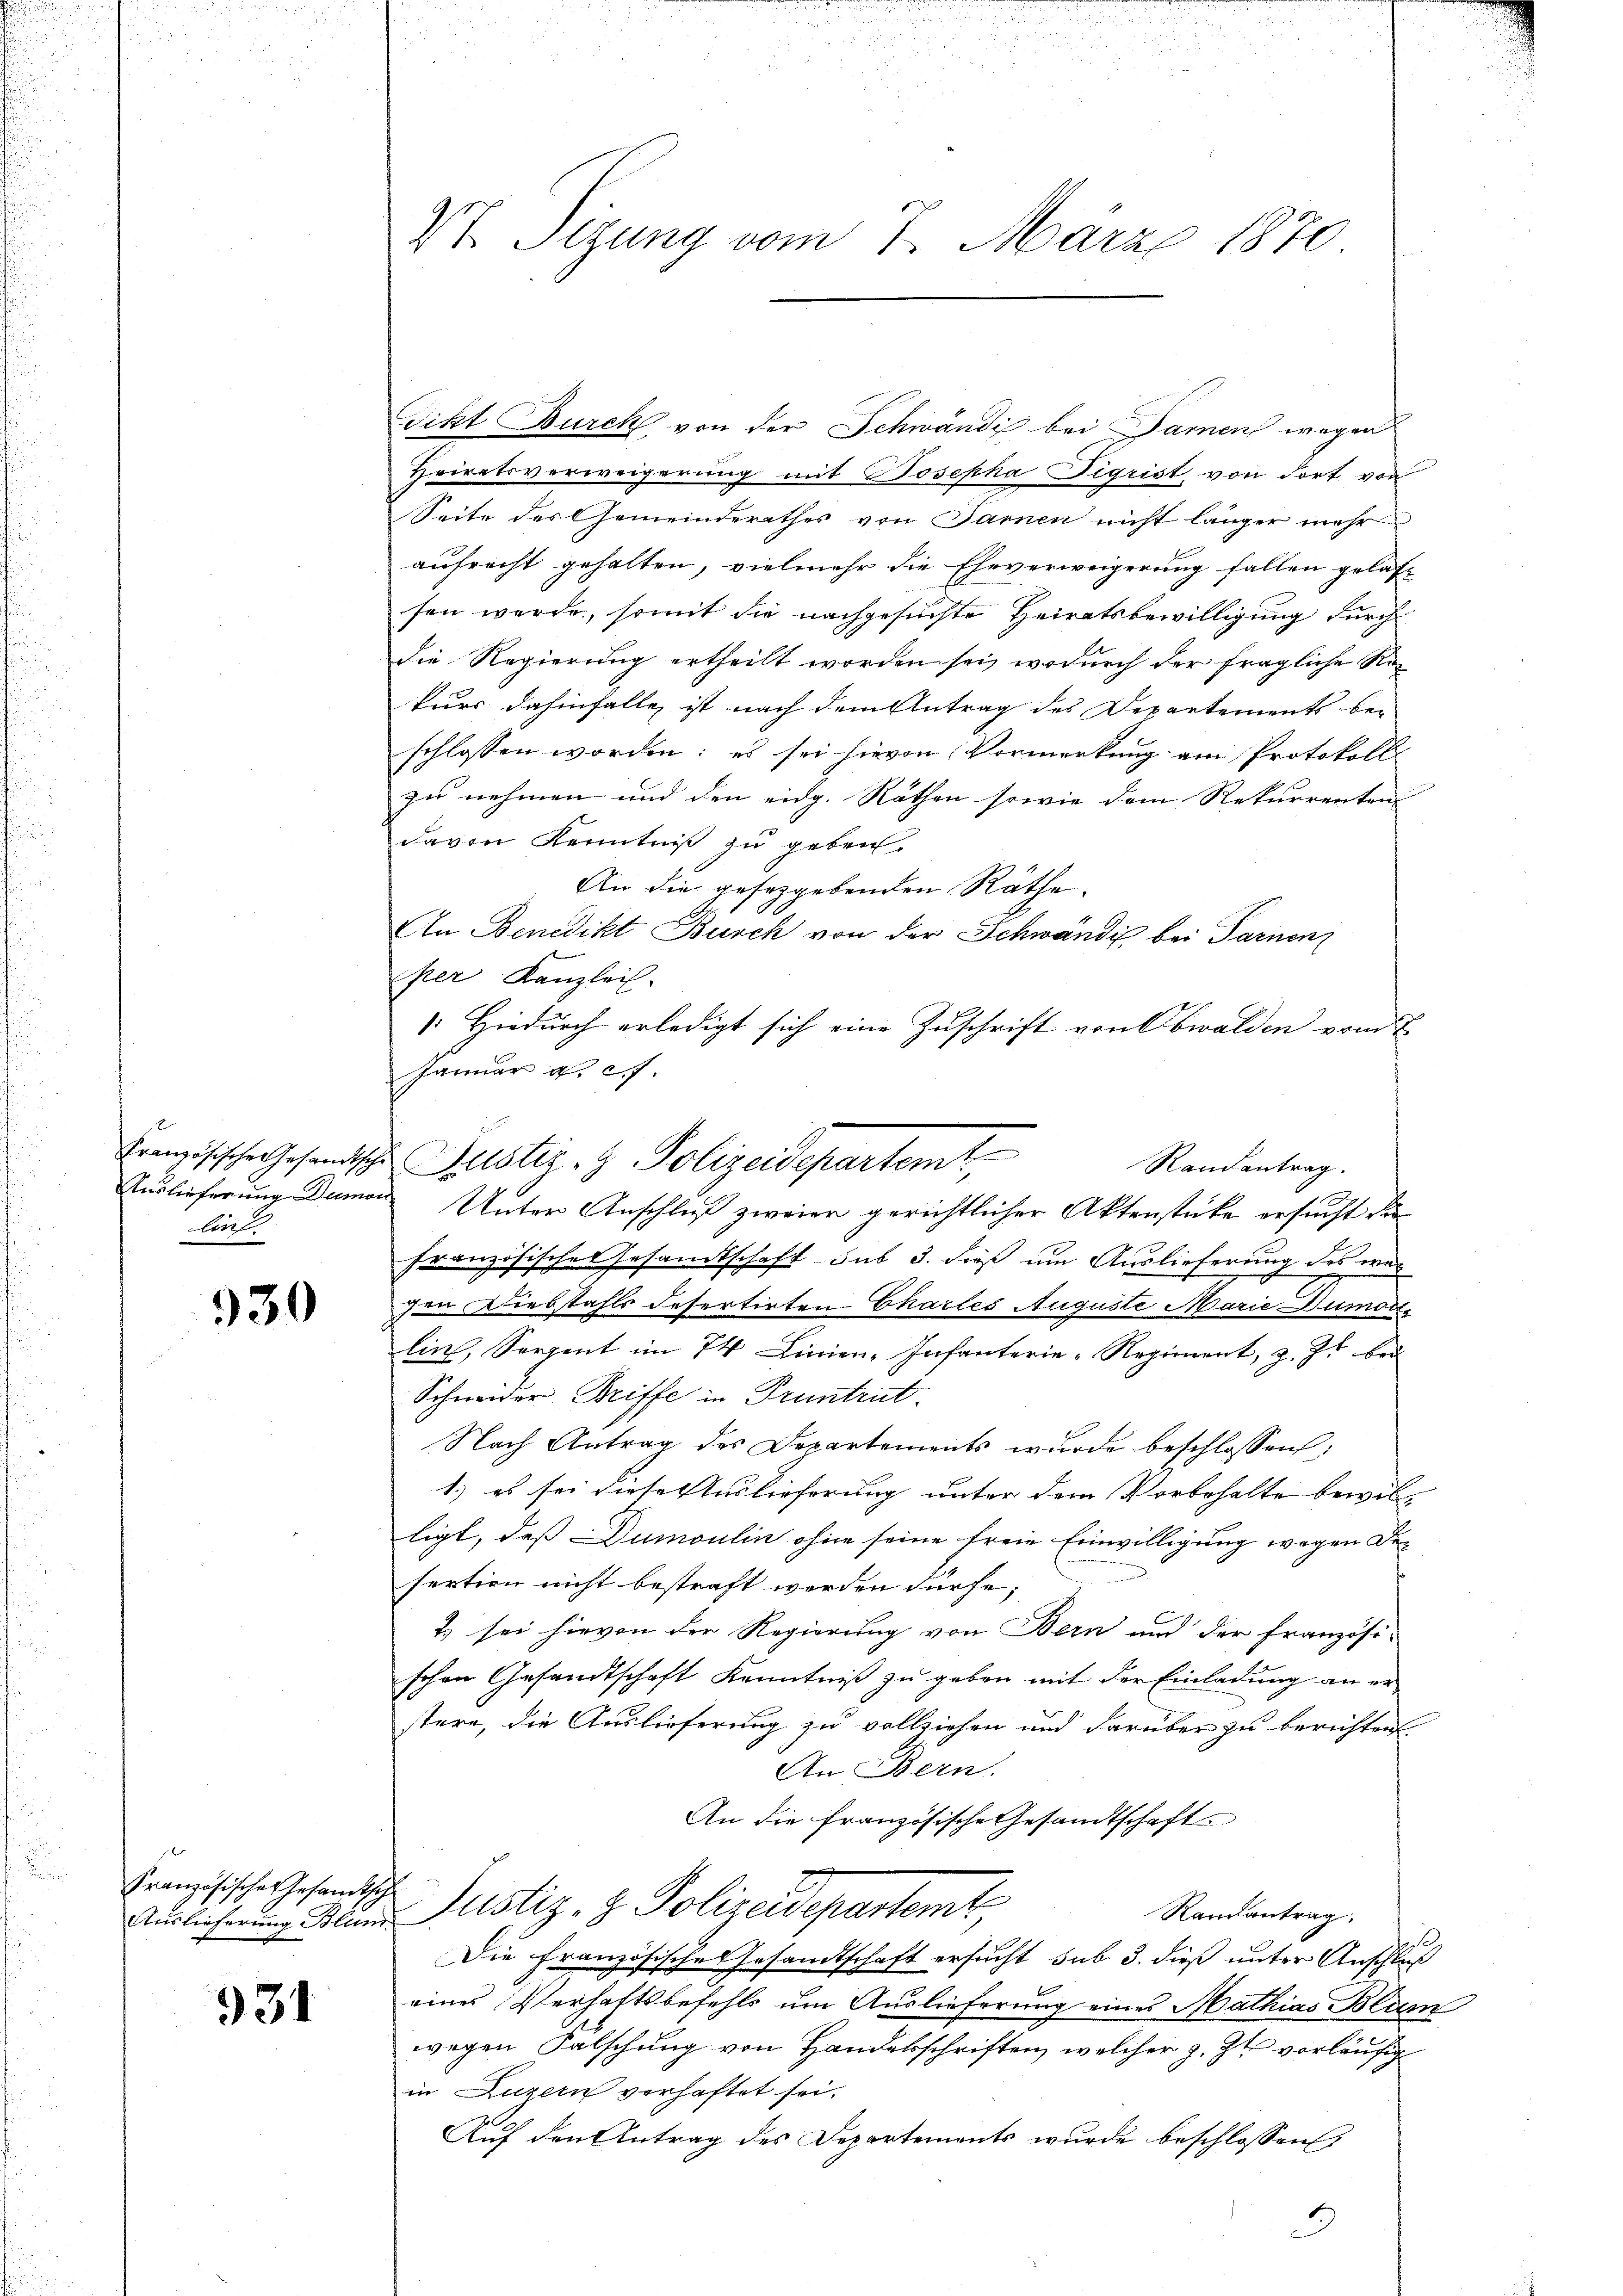
leite

330

Französische Gesandtsche

931

Tikt Burck von der Schwändi bei Damen wegen
Heiratsverweigerung mit Josepha Tigrist von dort von
Seite des Gemeinderathes von Sarnen nicht länger mehr
aufrecht gehalten, vielmehr die Eheverweigerung fallen gelast
sen werde, somit die nachgesuchte Heiratsbewilligung durch
die Regierung ertheilt worden sei, wodurch der fragliche Rekurs dahinfalle ist nach dem Antrag des Departements be-
schlossen worden; es sei hievon Vormerkung am Protokolls
zu nehmen und den eidg. Räthen sowie dem Rekurrenten |
davon Kenntniß zu geben
An die gesetzgebenden Räthe.
An Benedikt Burch von der Schwändis bei Farnenz
per Kanzlei-
Hiedurch erledigt sich eine Zuschrift von Obwalden vom 7.
Januar a. c.
französischeresandtschaft sub 3. dieß um Auslieferung des war
Ien Diebstahls defertirten Chartes Auguste Marie Dumon
lin, Sorgent im 74 Linien-Infanterie-Regiment, z. Z. bei
Schneider Briffe in Pruntrut.
Nach Antrag des Departements wurde beschlossen:
1.) es sei diese Auslieferung unter dem Vorbehalte bewil- |
ligt, daß Dumoulin ohne seine freie Einwilligung wegen De-
n
sertien nicht bestraft werden dürfe;
i
2) sei hievon der Regierung von Bern und der französi-
schen Gesandtschaft Kenntniß zu geben mit der Einladung an er
stere, die Auslieferung zu vollziehen und darüber zu berichten.
An Bern.
An die französische Gesandtschaft
 Justiz- & Polizeidepartemt,
Randantrag.
e
Die französisches Gesandtschaft ersucht sub 3. dieß unter Anschluß
eines Verhaftsbefehls um Auslieferung eines Mathias Blum
wegen Falschung von Handelsschriften, welcher z. Zt. vorläufig
in Luzern verhaftet sei.
Auf den Antrag des Departements wurde beschlossen:
3

VI Stzung vom 7. März 1870

Französische Gesandtsche Justiz- & Polizeidepartem t
Randantrag.
Auslieferung Dumon Unter Anschluß zweier gerichtlicher Aktenstücke ersucht die